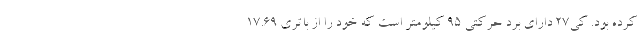
کرده بود. کی27 دارای برد حرکتی 95 کیلومتر است که خود را از باتری 17.69